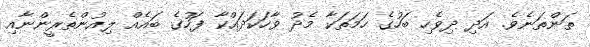
ތަންތަނެވެ. އަދި ދިވެހި ބަހުގެ ހަމަތަކާ މެދު ވާހަކަދައްކާ ފަހުގެ ބައެއް ލިއުންތެރީންނާއި